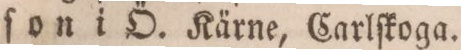
ſon i Ö. Kärne, Carlſkoga.